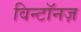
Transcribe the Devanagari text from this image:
विन्टॉनज़